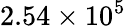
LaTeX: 2.54\times 10^{5}